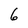
Character: 6